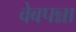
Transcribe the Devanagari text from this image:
वेबपन्ना